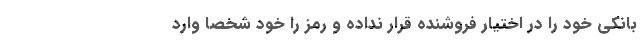
‌بانکی خود را در اختیار فروشنده قرار نداده و رمز را خود شخصاً وارد